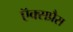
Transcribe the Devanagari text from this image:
ऍक्सप्रैस